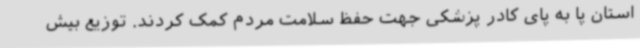
استان پا به پای کادر پزشکی جهت حفظ سلامت مردم کمک کردند. توزیع بیش